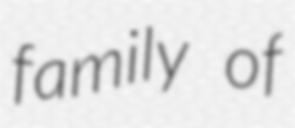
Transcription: family of